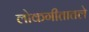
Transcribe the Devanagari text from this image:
लोकगीतातले